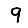
Digit: 9